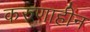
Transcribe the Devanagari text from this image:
करुणाहीन